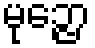
မုဉ္ဇော